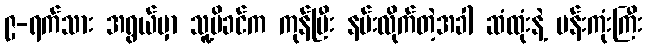
၉-ရက်သား အရွယ်မှာ သူ့မိခင်က ကုန်ပြီး နမ်းလိုက်တဲ့အခါ ဆံထုံးနဲ့ ပန်းကုံးကြီး